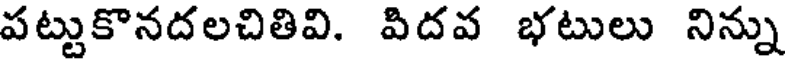
పట్టుకొనదలచితివి. విదవ భటులు నిన్ను